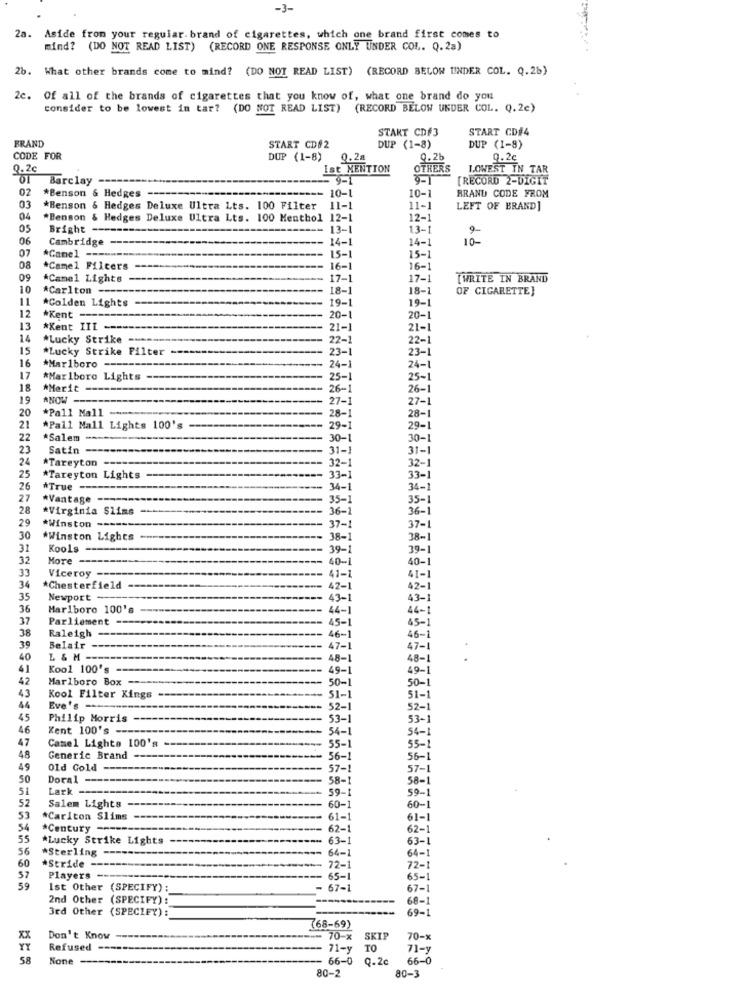
-3-
2a. Aside from your regular. brand of cigarettes, which one brand first comes to
mind? (DO NOT READ LIST) (RECORD ONE RESPONSE ONLY UNDER COL. Q. 2a)
26. What other brands come to mind? (DO NOT READ LIST) (RECORD BELOW UNDER COL. Q.26)
2c. Of all of the brands of cigarettes that you know of, what one brand do you
consider to be lowest in tar? (DO NOT READ LIST) (RECORD BELOW UNDER COL. Q. 2e)
START CD#3
START CD#4
BRAND
START CD#2
DUP (1-8)
DUP (1-8)
CODE FOR
DUP (1-8)
0.2a
9.2b
0.2c
9.2€
Ist MENTION
OTHERS
LOWEST IN TAR
Barclay
9-1
[RECORD 2-DIGIT
02
*Benson & Hedges
10-1
10-1
BRAND CODE FROM
03
*Benson & Hedges Deluxe Ultra Lts. 100 Filter
11-1
11-1
LEFT OF BRAND]
04
*Benson & Hedges Deluxe Ultra Lts. 100 Menthol 12-1
12-1
Bright --
13-1
13-1
06
Cambridge
-
14-1
14-1
10
07
*Camel ---
15-1
15-1
08
*Camel Filcers
16-1
16-1
09
*Camel Lights
17-1
17-
TWRITE IN BRAND
10
*Carlton -------
18-1
18-1
OF CIGARETTE}
11
*Colden Lights
19-1
19-1
12
*Kent -----
20-1
20-
13
*Kent III ----------
21-1
21-1
14
*Lucky Strike -----
22-1
22-1
15
*Lucky Strike Filter
23-1
23-1
16
*Marlboro ---
24-1
24-1
17
*Marlboro Lights -----
25-1
25-
18
*Merit -
26-1
26-1
19
*NOW ----
------
27-1
27-1
20
*Pall Mall
28-1
28-1
21
*Pall Mall Lights 100's
29-1
29-1
22
*Salem ----
30-1
30-1
23
Satin
31-1
31-1
24
*Tareyton ---
32-1
32-1
25
*Tareyton Lights
33-1
33-1
26
*True -
34-1
34-1
27
*Vantage -------
35-1
35-1
28
#Virginia Slims -----
36-1
36-1
29
*Winston --
37-1
37-1
30
#Winston Lights
38-1
38-1
31
Kools
-- 39-1
39-1
32
More
40-1
40-1
33
Viceroy ------
34
41-1
41-1
*Chesterfield
42-1
42-1
35
Newport -
43-1
43-1
36
Marlboro 100's
44-1
44-1
37
Parliament
------
45-1
45-1
38
Raleigh
39
46-1
46-1
Belair
----.
47-1
47-1
40
L & M =
48-1
48-1
41
Kool 100's
49-1
49-1
42
Marlboro Box --
50-1
50-1
43
Kool Filter Kings
51-1
51-1
44
Eve's-
52-1
52-1
45
Philip Morris
------
53-1
53-1
46
Kent 100's ---
54-1
54-1
47
Camel Lights 100's
55-1
48
55-1
Generic Brand
56-1
56-1
49
Old Gold
---------
57-1
57-1
50
Doral -----
58-1
58-1
51
Lark ------
59-1
59-1
52
Salem Lights
60-1
60-1
53
*Carlton Slims
61-1
61-1
54
*Century --
62-1
62-1
55
*Lucky Strike Lights
63-1
63-1
56
*Sterling
- 64-1
64-1
60
*Stride -
- 72-1
72-1
57
Players -
65-1
65-1
59
Ist Other (SPECIFY);
67-
67-1
2nd Other (SPECIFY) :
68-1
3rd Other (SPECIFY) :
69-1
(68-69)
xx
Don't Know
--- 70-x
SKIP
70-x
Refused --
71-y TO
71-y
58
66-0 Q.2¢
66-0
80-3
80-2